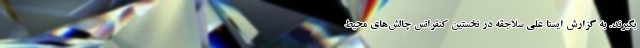
بگیرند. به گزارش ایسنا علی سلاجقه در نخستین کنفرانس چالش‌های محیط